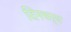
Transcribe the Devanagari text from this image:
दिनचर्य